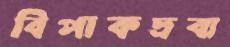
বিপাকদ্রব্য